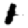
Digit: 1